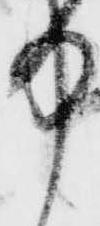
中